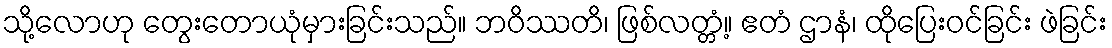
သို့လောဟု တွေးတောယုံမှားခြင်းသည်။ ဘဝိဿတိ၊ ဖြစ်လတ္တံ့။ ဧတံ ဌာနံ၊ ထိုပြေးဝင်ခြင်း ဖဲခြင်း